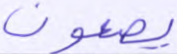
يصعقون